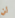
لن